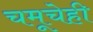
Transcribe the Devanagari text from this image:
चमूचेही